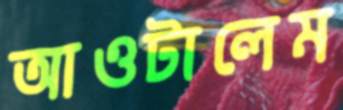
আওটালেম